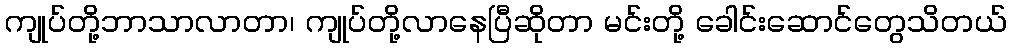
ကျုပ်တို့ဘာသာလာတာ၊ ကျုပ်တို့လာနေပြီဆိုတာ မင်းတို့ ခေါင်းဆောင်တွေသိတယ်